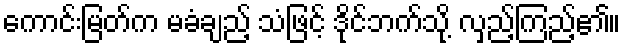
ကောင်းမြတ်က မခံချည့် သံဖြင့် ဒိုင်ဘက်သို့ လှည့်ကြည့်၏။